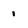
Character: 1